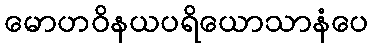
မောဟဝိနယပရိယောသာနံပေ